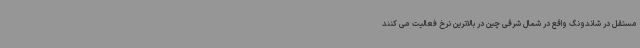
مستقل در شاندونگ واقع در شمال شرقی چین در بالاترین نرخ فعالیت می کنند